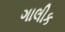
ગાલીક